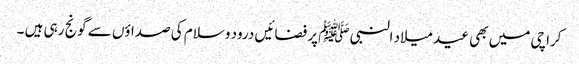
کراچی میں بھی عید میلاد النبی ﷺ پر فضائیں درود وسلام کی صداؤں سے گونج رہی ہیں ۔